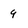
Character: 9